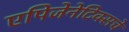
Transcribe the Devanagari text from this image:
एपिजेनेटिक्सचे